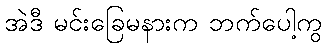
အဲဒီ မင်းခြေမနားက ဘက်ပေါ့ကွ